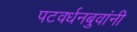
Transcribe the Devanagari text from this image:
पटवर्धनबुवांनी